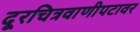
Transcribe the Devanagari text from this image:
दूरचित्रवाणीपटावर